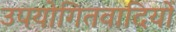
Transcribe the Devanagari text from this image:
उपयोगितवादियों